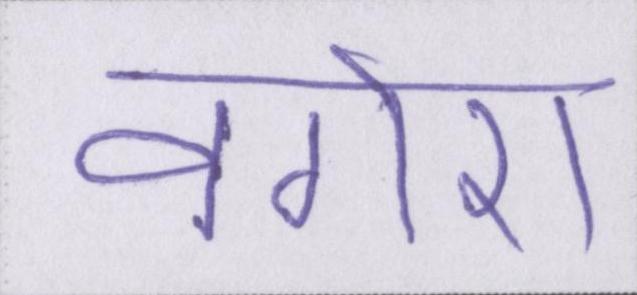
वगेरा